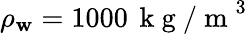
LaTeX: \rho_{\mathbf{w}}=1000\, \mathrm{{~k~g~/~m~}}^{3}